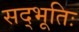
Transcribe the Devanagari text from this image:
सद्भूतिः